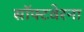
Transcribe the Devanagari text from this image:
सॉफ्टवेरना